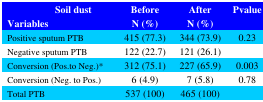
<table><thead><tr><td><b> Soil dustVariables </b></td><td><b>BeforeN (%)</b></td><td><b>AfterN (%)</b></td><td><b>Pvalue</b></td></tr></thead><tbody><tr><td>Positive sputum PTB</td><td>415 (77.3)</td><td>344 (73.9)</td><td>0.23</td></tr><tr><td>Negative sputum PTB</td><td>122 (22.7)</td><td>121 (26.1)</td><td></td></tr><tr><td>Conversion (Pos.to Neg.)*</td><td>312 (75.1)</td><td>227 (65.9)</td><td>0.003</td></tr><tr><td>Conversion (Neg. to Pos.)</td><td>6 (4.9)</td><td>7 (5.8)</td><td>0.78</td></tr><tr><td>Total PTB</td><td>537 (100)</td><td>465 (100)</td><td></td></tr></tbody></table>